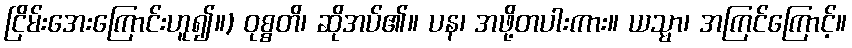
ငြိမ်းအေးကြောင်းဟူ၍။) ဝုစ္စတိ၊ ဆိုအပ်၏။ ပန၊ အဖို့တပါးကား။ ယသ္မာ၊ အကြင်ကြောင့်။